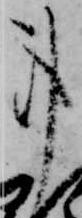
事